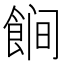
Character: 𱃩